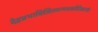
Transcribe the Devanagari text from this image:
देहप्रभाविजितमन्मथकोटिकान्तेः